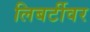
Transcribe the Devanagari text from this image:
लिबर्टीवर